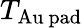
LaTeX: T_{\mathrm{Au\ pad}}